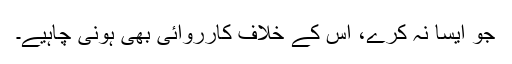
جو ایسا نہ کرے، اُس کے خلاف کارروائی بھی ہونی چاہیے۔